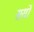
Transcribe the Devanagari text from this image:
सर्सो